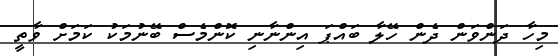
މިހާ ދަންވަން ދެން ހޭލާ ބައްޕަ އިންނާނި ކޮންމެސް ބޭނުމަކު ކަމަށް ވާތީ